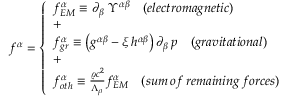
f ^ { \alpha } = \left\{ \begin{array} { l l } { f _ { E M } ^ { \alpha } \equiv \partial _ { \beta } \; \Upsilon ^ { \alpha \beta } \quad ( e l e c t r o m a g n e t i c ) } \\ { + } \\ { f _ { g r } ^ { \alpha } \equiv \left( g ^ { \alpha \beta } - \xi \, h ^ { \alpha \beta } \right) \partial _ { \beta } \, p \quad ( g r a v i t a t i o n a l ) } \\ { + } \\ { f _ { o t h } ^ { \alpha } \equiv \frac { \varrho c ^ { 2 } } { \Lambda _ { \rho } } f _ { E M } ^ { \alpha } \quad ( s u m \, o f \, r e m a i n i n g \, f o r c e s ) } \end{array} \right.